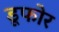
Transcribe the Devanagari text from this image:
डूफोर